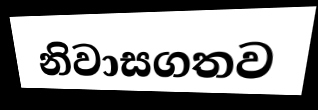
නිවාසගතව